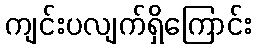
ကျင်းပလျက်ရှိကြောင်း